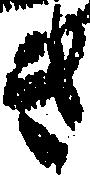
き